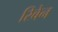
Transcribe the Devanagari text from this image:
रिबेन